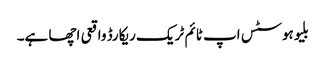
بلیوہوسٹس اپ ٹائم ٹریک ریکارڈ واقعی اچھا ہے۔